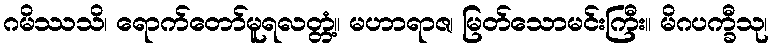
ဂမိဿသိ၊ ရောက်တော်မူရလတ္တံ့။ မဟာရာဇ၊ မြတ်သောမင်းကြီး။ မိဂပက္ခီသု၊